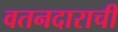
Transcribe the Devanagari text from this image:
वतनदाराची